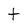
Character: t